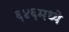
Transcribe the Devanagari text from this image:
६४६मध्ये